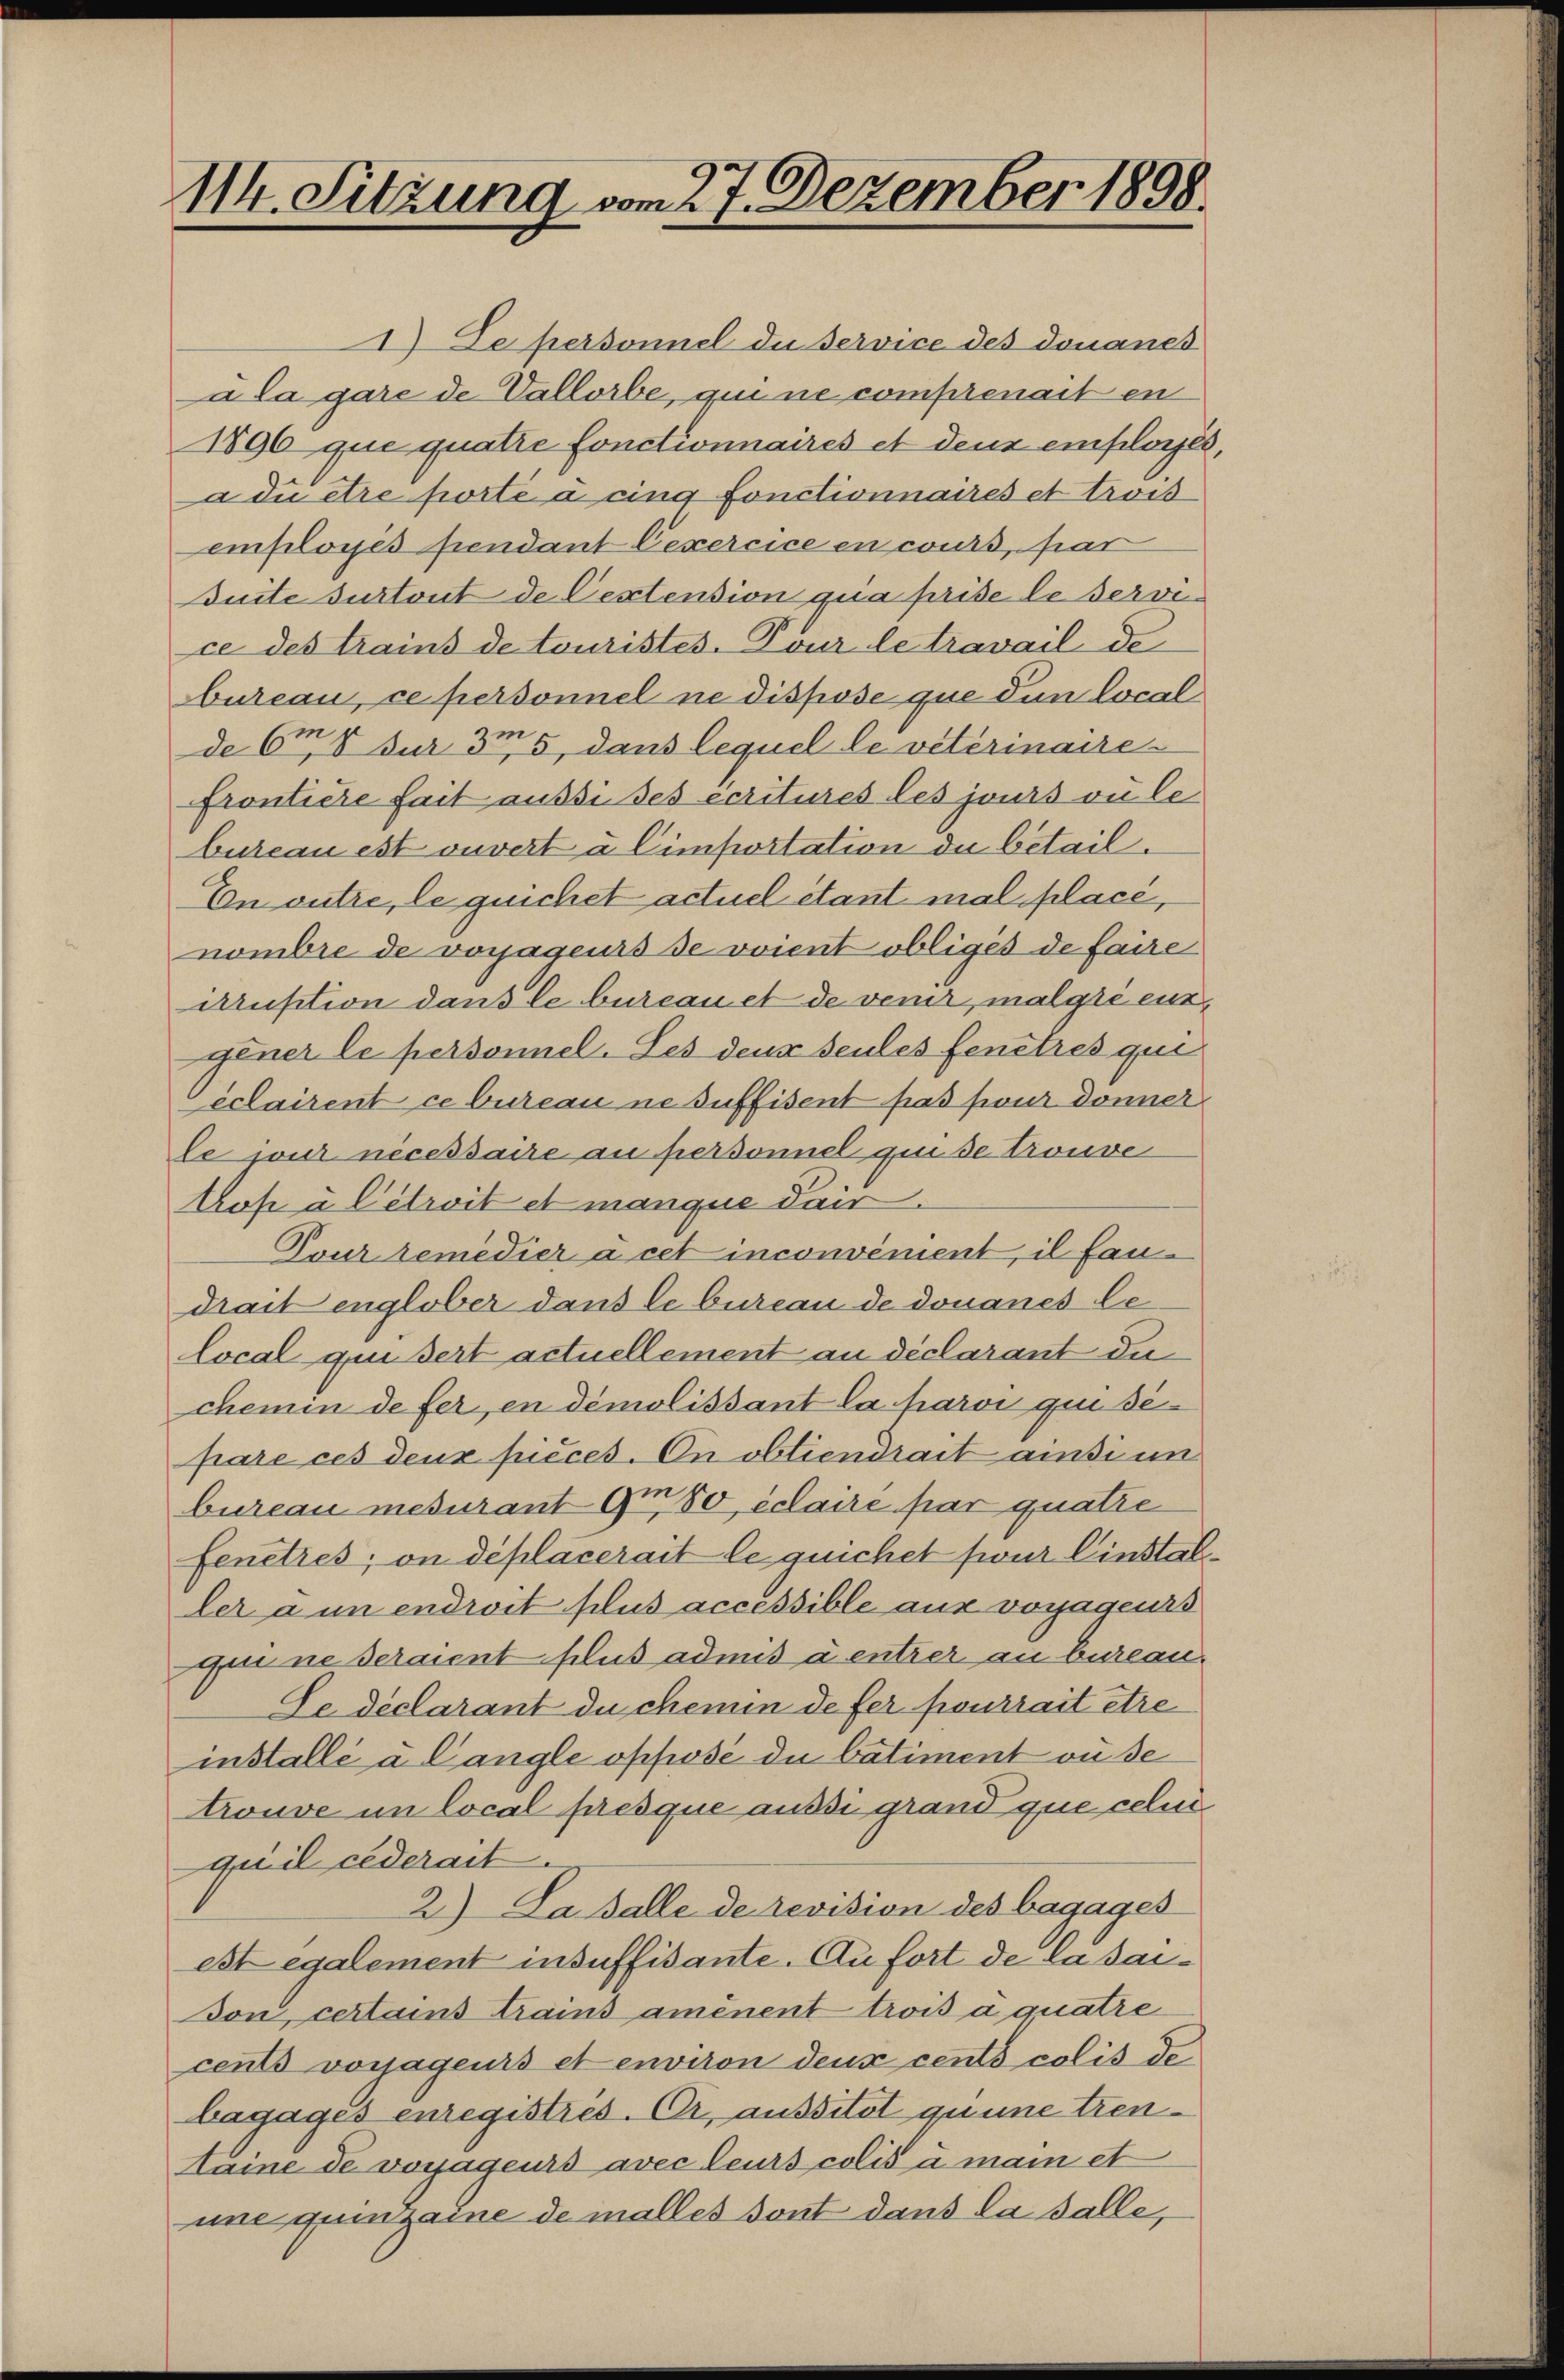
114. Sitzung vom 27. Dezember 1898.

2) Le personnel die Service des donanes
ala gare de Vallorbe, qui ne comprenait en
1896 que quatre fonctionnaires et dens employés,
a du être porte a cing fonctionnaires et trois
employés pendant Cexercice en cours, par
Duite durtout de Cextension qua prise le service des trains de touristes. Tour le travail de
bureau, ce personnel ne dispose que den local
de 6m 8 für 35, dans lequel le veterinaire-
frontiere fait aussi ses écritures les jouis vulebureau est ouvert à Cimportation die betail.
En outre, le quichet actuel étant mal place,
nombre de vorjagenis de voient obliges de faire
irruption dans le bureau et de venir, malgre entgener le personnel. Les denn seules fenêtres qui¬
Ceclairent ce bureau ne suffisent pas pour donner
le wir necessaire au personnel qui se trouve
trop u Citroit et manque dair.
Pour remedier à cet inconvenient, il faudrait englober dans le bureau de donanes lelocal qui sert actuellement au déclarant du
chemin de fer, en démolissant la parvi qui separe ces deux pièces. On obtiendrait ainsi un
bureau mesurant G. 80, écaire par quatre
fenetzes; on déplacerait le quichet für Einstaller a un endroit plus accessible aus vorjagenes
guine seraient plus admis à entrer an bureau-
Se declarant du chemin defer pourrait être
installe a Cangle opfisé du betiment wüße
trouve im local presque aussi grand que celen
quil cederait.
2) Da dalle de revision des bagages
est egalement insuffisante. Au fort de la saidon, certains trains amenent trois a quatre
cents vorjagenis et environ deux cento colis de
bagages enregistres. Er, aussitat quine trenaine de vossageurs avec leurs colis à man et
une quinzaine de malles sont dans la salle,